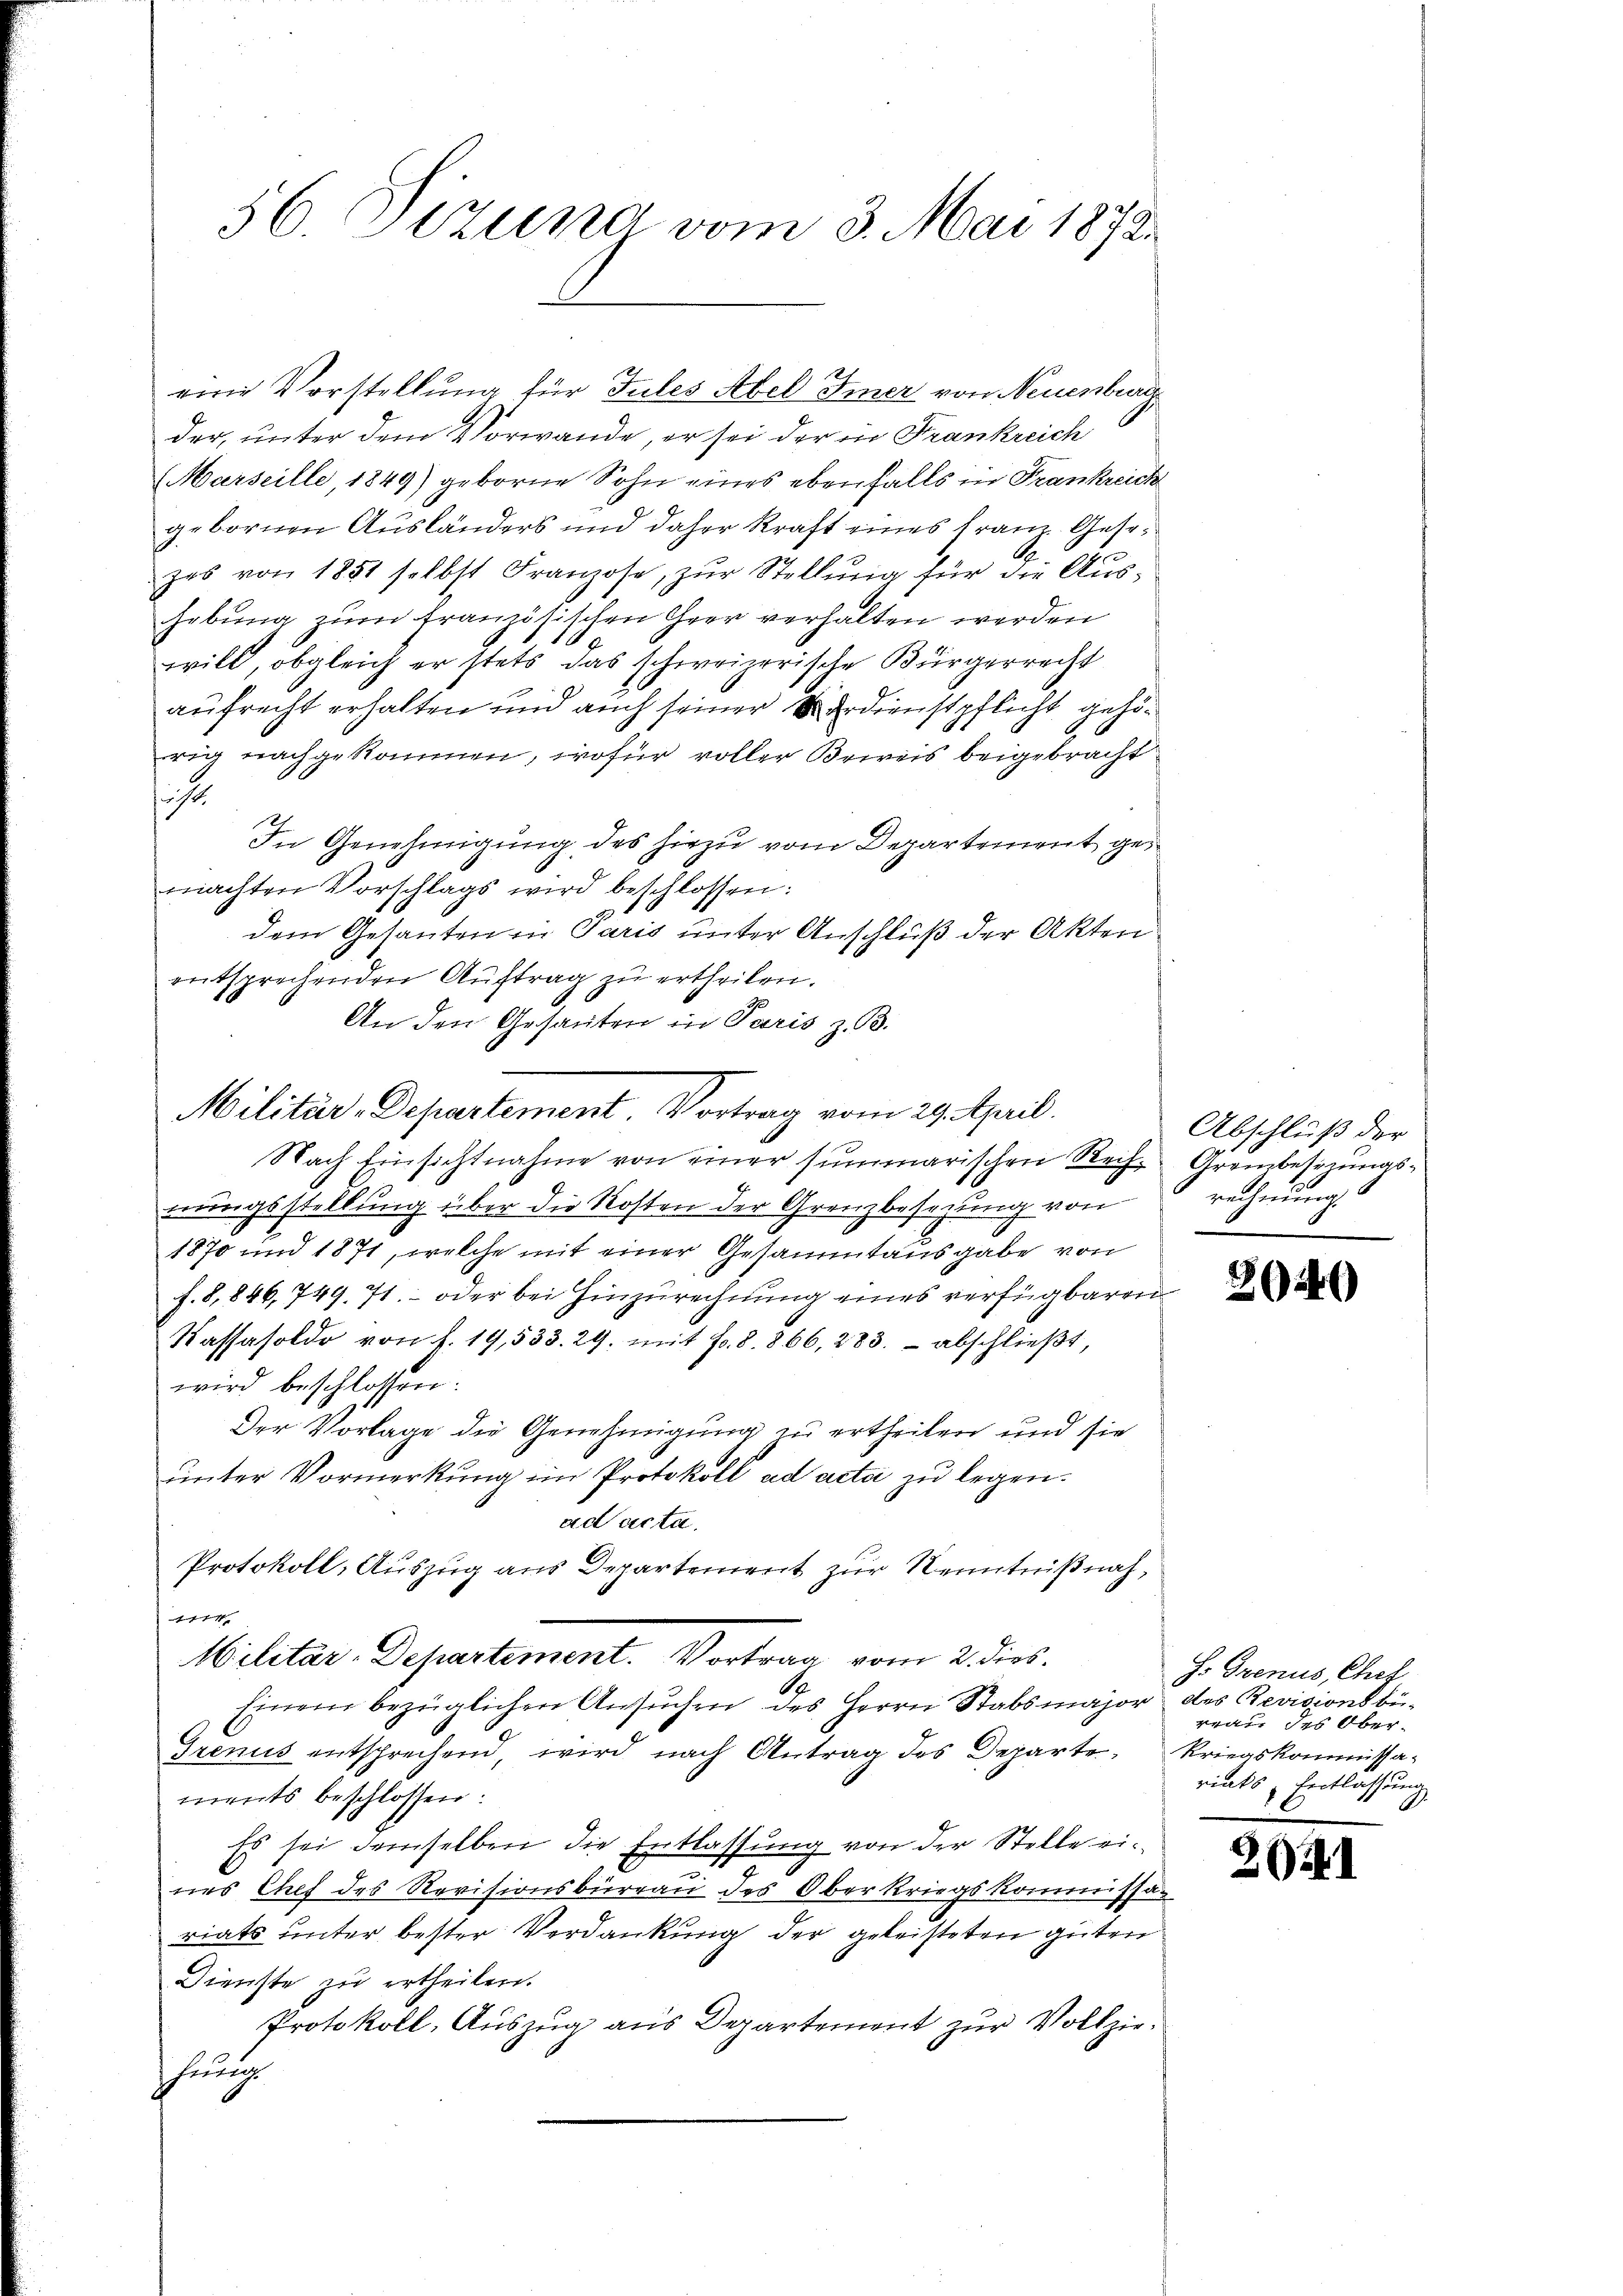
56. Tizung vom 3. Mai 1873.

eine Vorstellung für Tules Abel Tiner von Neuenburg
der, unter dem Vorwande, er sei der in Frankreich
Marseille, 1849) geborne Sohn eines ebenfalls in Frankreich
gebornen Ausländers und daher kraft eines Franz Gesezes von 1851 selbst Franzose, zŭr Stellŭng für die Aus-
hebung zum französischen Geer verhalten werden
1
will, obgleich er stets das schweizerische Bürgerrecht
aufrecht erhalten und auch seiner Verdienstpflicht gehörig nachgekommen, wofür voller Beweis beigebracht
i
In Genehmigung des hiezu vom Departement gemachten Vorschlags wird beschlossen:
dem Gesanten in Paris unter Anschluß der Akten
entsprechenden Auftrag zu ertheilen.
An den Gesanten in Paris z. B.
Nach Einsichtnahme von einer summarischen Rech-Grembesizungsnungsstellung über die Kosten der Grenzbesezung von
1870 und 1871, welche mit einer Gesammtausgabe von
f. 8, 846, 749. 71. oder bei Hinzurechnung eines verfügbaren
Kassasoldo von f. 19,533. 29. mit Fr. 8. 866, 283. abschließt,
wird beschlossen:
Der Vorlage die Genehmigung zu ertheilen und sie
ŭnter Vormerkung im Protokoll ad acta zu legen.
ad acta.
Protokoll, Auszug aus Departement zur Kenntnißnah¬
4
Militar-Departement. Vortrag vom 2. dies
Einem bezüglichen Ansŭchen des Herrn Stabsmajor des Revisionsbü-
Grenus entsprechend, wird nach Antrag des Departe Kriegskommissaments beschlossen:
Es sei demselben die Entlassung von der Stelle ei¬
5
nes Chef des Revisionsbüreau des Oberkriegskommissariats unter bester Verdankung der geleisteten guten
Dienste zu ertheilen.
Protokoll, Auszug aus Departement zur Vollziehung

Militär-Departement. Vortrag vom 29. April.

Abschluß der
rechnung

26446)

H. Ovenus, Chef
reau des Oberriats, Entlassung

202